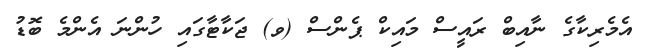
އެމެރިކާގެ ނާއިބް ރައީސް މައިކް ޕެންސް (ވ) ޖަކާޓާގައި ހުންނަ އެންމެ ބޮޑު